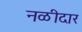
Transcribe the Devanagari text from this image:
नळीदार